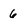
Character: 6